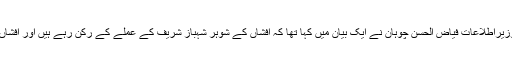
ان الزامات کے سامنے آنے کے بعد پنجاب کے وزیراطلاعات فیاض الحسن چوہان نے ایک بیان میں کہا تھا کہ افشاں کے شوہر شہباز شریف کے عملے کے رکن رہے ہیں اور افشاں لطیف کے الزامات پر تحقیقات نہیں کیا جاسکتیں۔